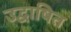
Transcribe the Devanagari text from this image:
उद्वाषित